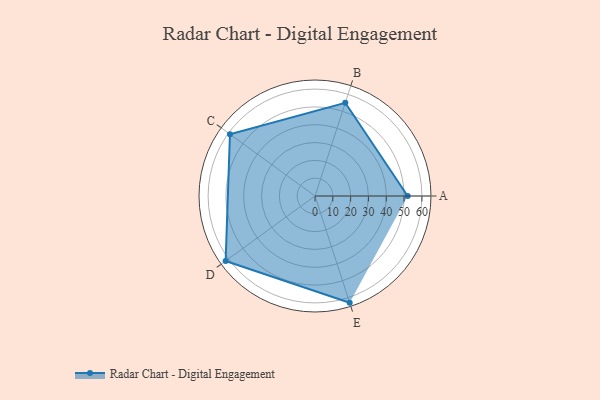
{"axis": {"x": "Skill", "y": "Score"}, "legend": ["Profile"], "data": [{"x": "A", "y": 52.0, "type": "Profile"}, {"x": "B", "y": 55.0, "type": "Profile"}, {"x": "C", "y": 59.0, "type": "Profile"}, {"x": "D", "y": 62.0, "type": "Profile"}, {"x": "E", "y": 63.0, "type": "Profile"}]}